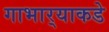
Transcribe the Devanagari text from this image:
गाभार्‍याकडे